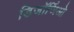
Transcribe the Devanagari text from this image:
डिजॉर्जिओ